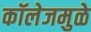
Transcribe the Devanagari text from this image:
कॉलेजमुळे